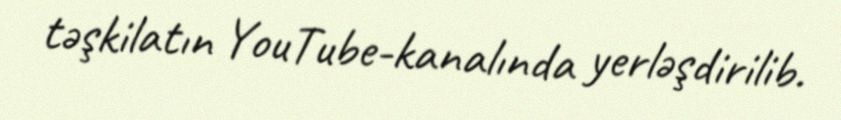
təşkilatın YouTube-kanalında yerləşdirilib.